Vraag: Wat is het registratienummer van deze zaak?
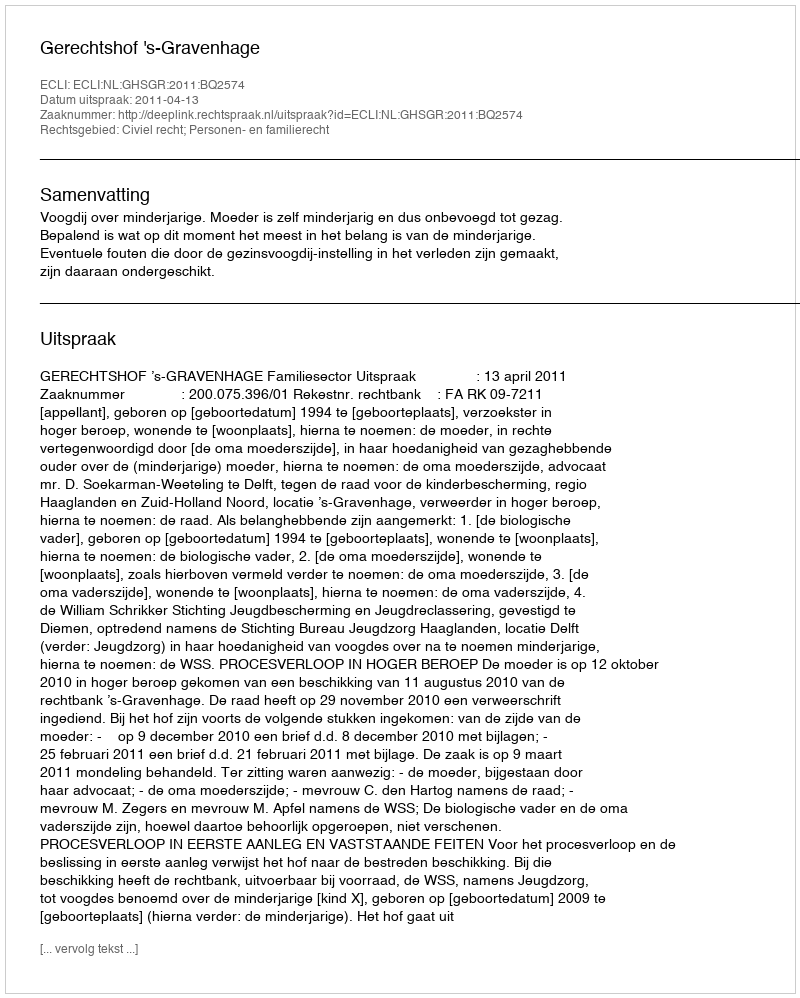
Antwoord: http://deeplink.rechtspraak.nl/uitspraak?id=ECLI:NL:GHSGR:2011:BQ2574